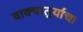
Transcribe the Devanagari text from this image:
वाक्चातुर्याचा